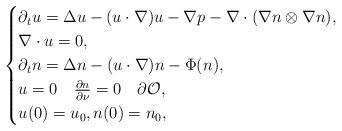
LaTeX: \begin{align*}\begin{cases}\partial_t u = \Delta u - (u\cdot \nabla)u -\nabla p - \nabla \cdot (\nabla n \otimes \nabla n) , \\\nabla \cdot u = 0 , \\\partial_t n = \Delta n - (u\cdot\nabla)n - \Phi(n) , \\ u = 0 \quad \frac{\partial n}{\partial \nu} = 0 \quad \partial\mathcal{O}, \\ u(0) = u_0, n(0) = n_0 ,\end{cases}\end{align*}